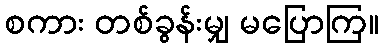
စကား တစ်ခွန်းမျှ မပြောကြ။